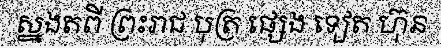
ស្នងតពី ព្រះរាជ បុត្រ ផ្សេង ទៀត ហ៊ុន